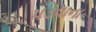
પડવાના